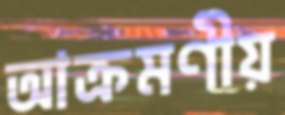
আক্রমণীয়